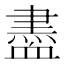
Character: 𧗊